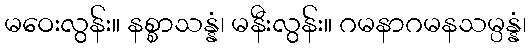
မဝေးလွန်း။ နစ္စာသန္နံ၊ မနီးလွန်း။ ဂမနာဂမနသမ္ပန္နံ၊